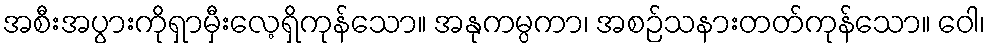
အစီးအပွားကိုရှာမှီးလေ့ရှိကုန်သော။ အနုကမ္ပကာ၊ အစဉ်သနားတတ်ကုန်သော။ ဝေါ၊